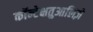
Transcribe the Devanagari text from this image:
कॉन्टेक्षतुआलिज़े